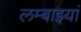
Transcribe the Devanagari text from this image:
लम्बाइयां